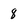
Character: 8